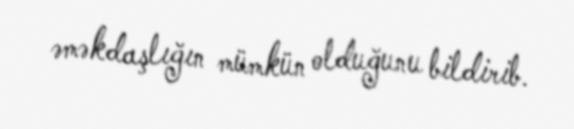
əməkdaşlığın mümkün olduğunu bildirib.